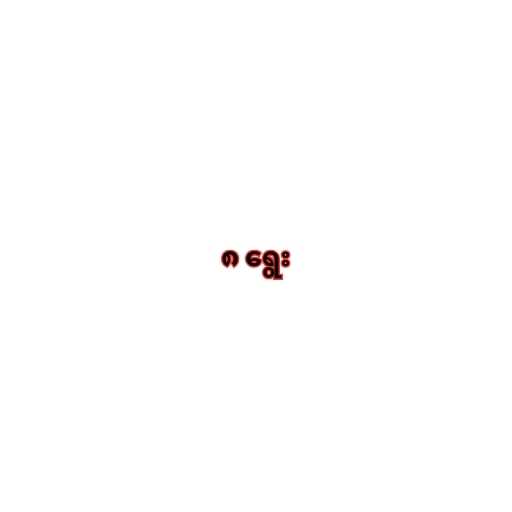
၈ ရွေး